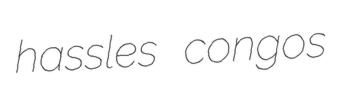
hassles congos